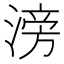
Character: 滂